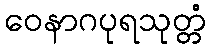
ဝေနာဂပုရသုတ္တံ